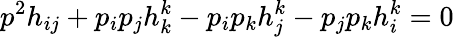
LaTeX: p^{2}h_{ij}+p_{i}p_{j}h_{k}^{k}-p_{i}p_{k}h_{j}^{k}-p_{j}p_{k}h_{i}^{k}=0